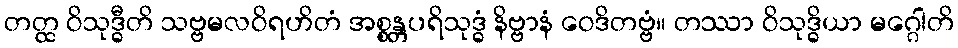
တတ္ထ ဝိသုဒ္ဓီတိ သဗ္ဗမလဝိရဟိတံ အစ္စန္တပရိသုဒ္ဓံ နိဗ္ဗာနံ ဝေဒိတဗ္ဗံ။ တဿာ ဝိသုဒ္ဓိယာ မဂ္ဂေါတိ